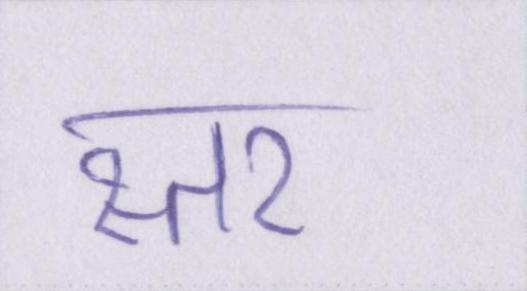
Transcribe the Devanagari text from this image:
स्तर